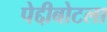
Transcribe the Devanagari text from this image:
पेद्दीबोटला